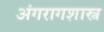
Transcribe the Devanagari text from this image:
अंगरागशास्त्र